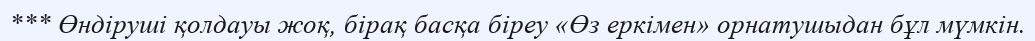
*** Өндіруші қолдауы жоқ, бірақ басқа біреу «Өз еркімен» орнатушыдан бұл мүмкін.